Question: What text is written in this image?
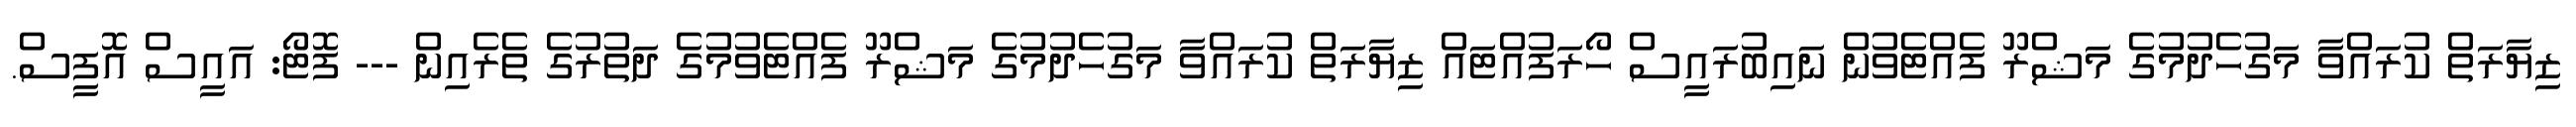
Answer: ޒިޔާރަތް ކުރައްވާ މަގުހެދުމުގެ މަޝްރޫ ފެއްޓެވުން ނައިބުރައީސް ހޯރަފުއްޓައް ޒިޔާރަތް ކުރައްވާ މަގުހެދުމުގެ މަޝްރޫ ފެއްޓެވުމުގެ ދަތުރުގެ ތެރެއިން --- ފޮޓޯ: އައީސް އޮފީސް.